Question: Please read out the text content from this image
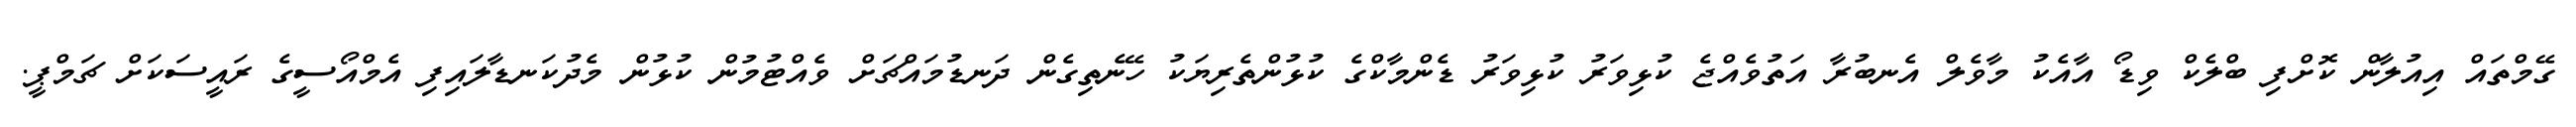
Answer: ގޭމްތައް އިއުލާން ކޮށްފި ބްލެކް ވިޑޯ އާއެކު މާވެލް އެނބުރާ އަތުވެއްޖެ ކުޅިވަރު ކުޅިވަރު ޑެންމާކްގެ ކުޅުންތެރިޔަކު ހޭނެތިގެން ދަނޑުމައްޗަށް ވެއްޓުމުން ކުޅުން މެދުކަނޑާލައިފި އެމްއޯސީގެ ރައީސަކަށް ޗަމްޕީ.